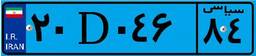
۲۰D۰۴۶۸۴